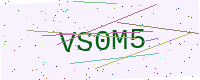
Text: VS0M5